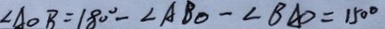
\angle A O B = 1 8 0 ^ { \circ } - \angle A B O - \angle B A O = 1 5 0 ^ { \circ }